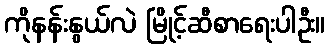
ကိုနန်းနွယ်လဲ မြိုင့်ဆီစာရေးပါဦး။